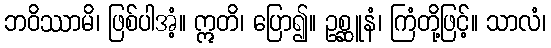
ဘဝိဿာမိ၊ ဖြစ်ပါအံ့။ ဣတိ၊ ပြော၍။ ဥစ္ဆူနံ၊ ကြံတို့ဖြင့်။ သာလံ၊